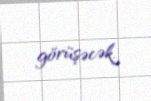
görüşəcək.